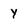
Character: Y